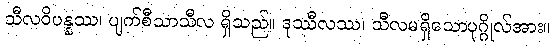
သီလဝိပန္နဿ၊ ပျက်စီသာသီလ ရှိသည်။ ဒုဿီလဿ၊ သီလမရှိသောပုဂ္ဂိုလ်အား။